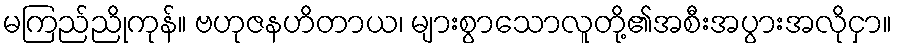
မကြည်ညိုကုန်။ ဗဟုဇနဟိတာယ၊ များစွာသောလူတို့၏အစီးအပွားအလိုငှာ။